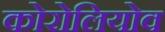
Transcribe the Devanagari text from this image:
कोरोलियोव